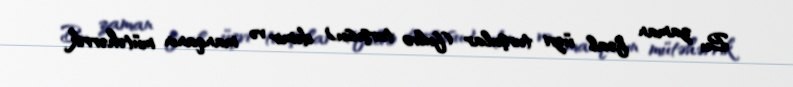
Bu zaman fəal üzvi turşular (fulvo turşusu) dəmir və manqanın mütəhərrik